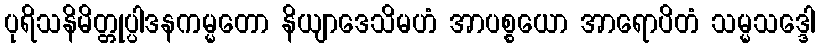
ပုရိသနိမိတ္တုပ္ပါဒနကမ္မတော နိယျာဒေသိမဟံ အာပစ္စယော အာရောပိတံ သမ္မသဒ္ဒေါ